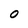
Character: 0